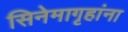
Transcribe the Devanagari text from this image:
सिनेमागृहांना